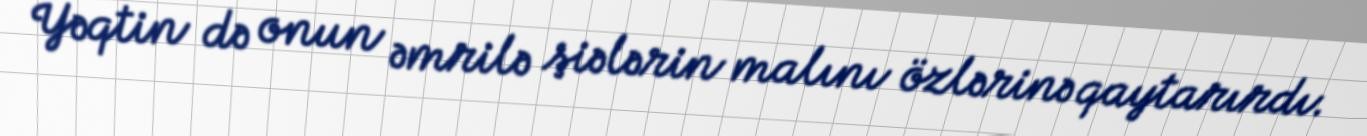
Yəqtin də onun əmrilə şiələrin malını özlərinə qaytarırdı.